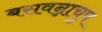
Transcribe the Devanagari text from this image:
बसवन्नाचुप